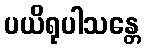
ပယိရုပါသန္တေ